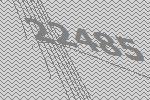
22485